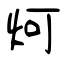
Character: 炣